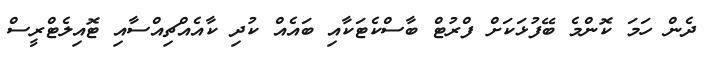
ދެން ހަމަ ކޮންމެ ބޭފުޅަކަށް ފްރުޓް ބާސްކެޓަކާއި ބައެއް ކުދި ކާއެއްޗިއްސާއި ޓޮއިލެޓްރީސް